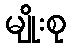
မျိုးစု